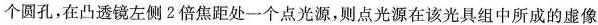
个圆孔，在凸透镜左侧2倍焦距处一个点光源，则点光源在该光具组中所成的虚像